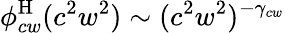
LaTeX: \phi_{cw}^{\mathrm{H}}(c^{2}w^{2})\sim(c^{2}w^{2})^{-\gamma_{cw}}